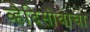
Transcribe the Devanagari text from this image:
व्हैदिसोवाचा